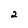
Character: 2